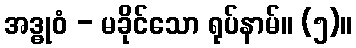
အဒ္ဓုဝံ - မခိုင်သော ရုပ်နာမ်။ (၅)။